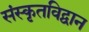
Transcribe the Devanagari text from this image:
संस्कृतविद्वान